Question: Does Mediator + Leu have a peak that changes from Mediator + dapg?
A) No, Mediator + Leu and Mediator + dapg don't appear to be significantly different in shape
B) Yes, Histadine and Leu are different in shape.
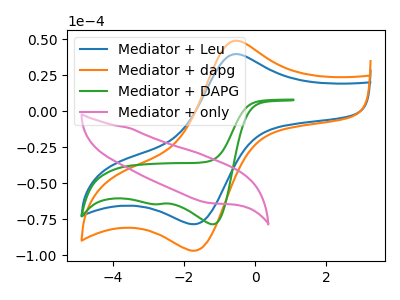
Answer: <think>The blue curve "Mediator + Leu" has an anodic peak at (-0.50V, 39.70uA) and a cathodic peak at (-1.60V, -78.10uA). The orange curve "Mediator + dapg" has an anodic peak at (-0.50V, 49.00uA) and a cathodic peak at (-1.60V, -96.35uA). The green curve "Mediator + DAPG" has cathodic peaks at (-1.20V, -78.60uA) (-2.70V, -64.65uA). The pink curve "Mediator + only" has no peaks.
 All the peaks in "Mediator + Leu" have a peak in "Mediator + dapg" at the same potential. Every peak in "Mediator + Leu" is lower than every peak in "Mediator + dapg".</think>
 <answer>A) No, "Mediator + Leu" and "Mediator + dapg" don't appear to be significantly different in shape</answer>
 <eval>A</eval>